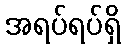
အရပ်ရပ်ရှိ